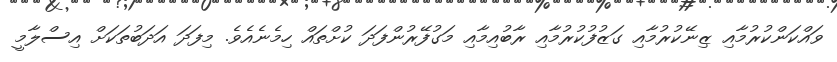
ވައްކަންކުރުމާއި ޒިނޭކުރުމާއި ގަޒުފުކުރުމާއި ރާބުއިމާއި މަގުފޭރުންފަދަ ކުށްތައް ހިމެނެއެވެ. މިފަދަ އަދަބުތަކަށް އިސްލާމީ